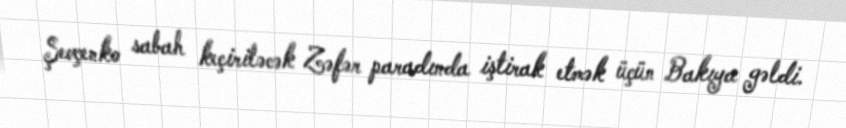
Şevçenko sabah keçiriləcək Zəfər paradında iştirak etmək üçün Bakıya gəldi.